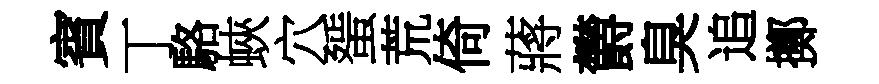
賓丁駱蛺穴蜑荒倚蔣欝臭追擲